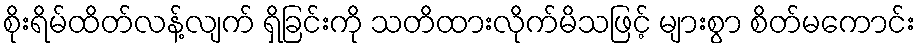
စိုးရိမ်ထိတ်လန့်လျက် ရှိခြင်းကို သတိထားလိုက်မိသဖြင့် များစွာ စိတ်မကောင်း